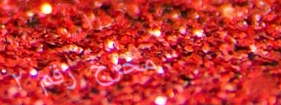
مخرج رقم ٢